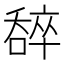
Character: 𠾹